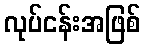
လုပ်ငန်းအဖြစ်